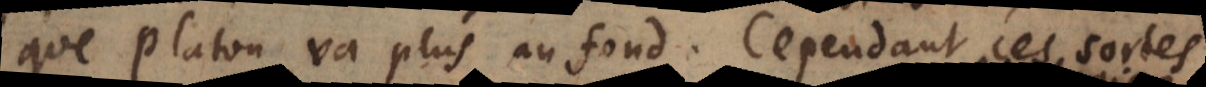
que Platon va plus au fond. Cependant ces sortes